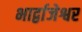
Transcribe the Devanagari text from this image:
भार्द्वाजेश्वर